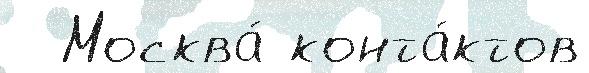
  Москва́ конта́ктов